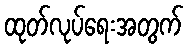
ထုတ်လုပ်ရေးအတွက်